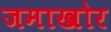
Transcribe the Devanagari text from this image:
जमाखोर